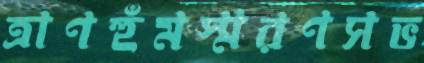
ত্রাণহুঁমস্মরণসভ